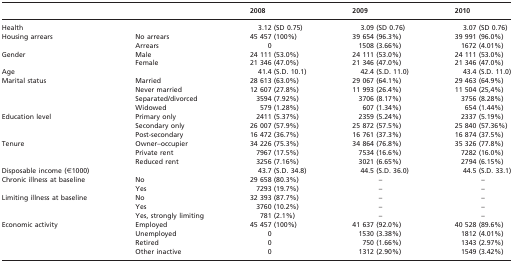
<table><thead><tr><td></td><td></td><td><b>2008</b></td><td><b>2009</b></td><td><b>2010</b></td></tr></thead><tbody><tr><td>Health</td><td></td><td>3.12 (SD 0.75)</td><td>3.09 (SD 0.76)</td><td>3.07 (SD 0.76)</td></tr><tr><td rowspan="2">Housing arrears</td><td>No arrears</td><td>45 457 (100%)</td><td>39 654 (96.3%)</td><td>39 991 (96.0%)</td></tr><tr><td>Arrears</td><td>0</td><td>1508 (3.66%)</td><td>1672 (4.01%)</td></tr><tr><td rowspan="2">Gender</td><td>Male</td><td>24 111 (53.0%)</td><td>24 111 (53.0%)</td><td>24 111 (53.0%)</td></tr><tr><td>Female</td><td>21 346 (47.0%)</td><td>21 346 (47.0%)</td><td>21 346 (47.0%)</td></tr><tr><td>Age</td><td></td><td>41.4 (S.D. 10.1)</td><td>42.4 (S.D. 11.0)</td><td>43.4 (S.D. 11.0)</td></tr><tr><td rowspan="4">Marital status</td><td>Married</td><td>28 613 (63.0%)</td><td>29 067 (64.1%)</td><td>29 463 (64.9%)</td></tr><tr><td>Never married</td><td>12 607 (27.8%)</td><td>11 993 (26.4%)</td><td>11 504 (25,4%)</td></tr><tr><td>Separated/divorced</td><td>3594 (7.92%)</td><td>3706 (8.17%)</td><td>3756 (8.28%)</td></tr><tr><td>Widowed</td><td>579 (1.28%)</td><td>607 (1.34%)</td><td>654 (1.44%)</td></tr><tr><td rowspan="3">Education level</td><td>Primary only</td><td>2411 (5.37%)</td><td>2359 (5.24%)</td><td>2337 (5.19%)</td></tr><tr><td>Secondary only</td><td>26 007 (57.9%)</td><td>25 872 (57.5%)</td><td>25 840 (57.36%)</td></tr><tr><td>Post-secondary</td><td>16 472 (36.7%)</td><td>16 761 (37.3%)</td><td>16 874 (37.5%)</td></tr><tr><td rowspan="3">Tenure</td><td>Owner–occupier</td><td>34 226 (75.3%)</td><td>34 864 (76.8%)</td><td>35 326 (77.8%)</td></tr><tr><td>Private rent</td><td>7967 (17.5%)</td><td>7534 (16.6%)</td><td>7282 (16.0%)</td></tr><tr><td>Reduced rent</td><td>3256 (7.16%)</td><td>3021 (6.65%)</td><td>2794 (6.15%)</td></tr><tr><td>Disposable income (€1000)</td><td></td><td>43.7 (S.D. 34.8)</td><td>44.5 (S.D. 36.0)</td><td>44.5 (S.D. 33.1)</td></tr><tr><td rowspan="2">Chronic illness at baseline</td><td>No</td><td>29 658 (80.3%)</td><td>–</td><td>–</td></tr><tr><td>Yes</td><td>7293 (19.7%)</td><td>–</td><td>–</td></tr><tr><td rowspan="3">Limiting illness at baseline</td><td>No</td><td>32 393 (87.7%)</td><td>–</td><td>–</td></tr><tr><td>Yes</td><td>3760 (10.2%)</td><td>–</td><td>–</td></tr><tr><td>Yes, strongly limiting</td><td>781 (2.1%)</td><td>–</td><td>–</td></tr><tr><td rowspan="4">Economic activity</td><td>Employed</td><td>45 457 (100%)</td><td>41 637 (92.0%)</td><td>40 528 (89.6%)</td></tr><tr><td>Unemployed</td><td>0</td><td>1530 (3.38%)</td><td>1812 (4.01%)</td></tr><tr><td>Retired</td><td>0</td><td>750 (1.66%)</td><td>1343 (2.97%)</td></tr><tr><td>Other inactive</td><td>0</td><td>1312 (2.90%)</td><td>1549 (3.42%)</td></tr></tbody></table>